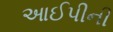
આઈપીની